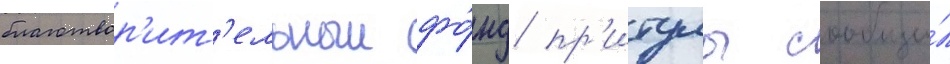
благотвор'ит'ельныи фо́нд пр'итулы сообщи́л